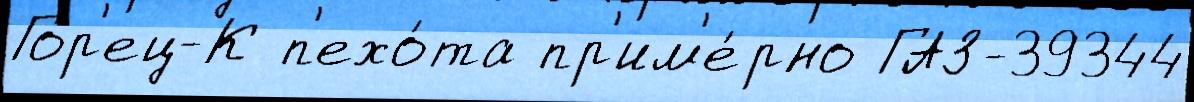
Гор'ец-К п'ехо́та пр'им'е́рно ГАЗ-39344